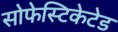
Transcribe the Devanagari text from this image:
सोफेस्टिकेटेड